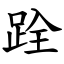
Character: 跧